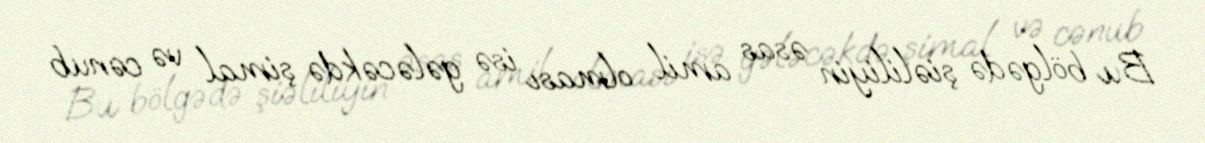
Bu bölgədə şiəliliyin əsas amil olması isə gələcəkdə şimal və cənub